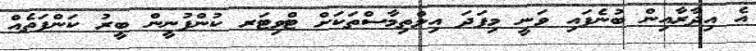
އެ އިދާރާއިން ބުނެފައި ވަނީ މިފަދަ އިލްތިމާސްތަކަށް ޓްވިޓަރ ކުންފުނީން ބީރު ކަންފަތެއް